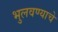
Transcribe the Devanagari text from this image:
भुलवण्याचे